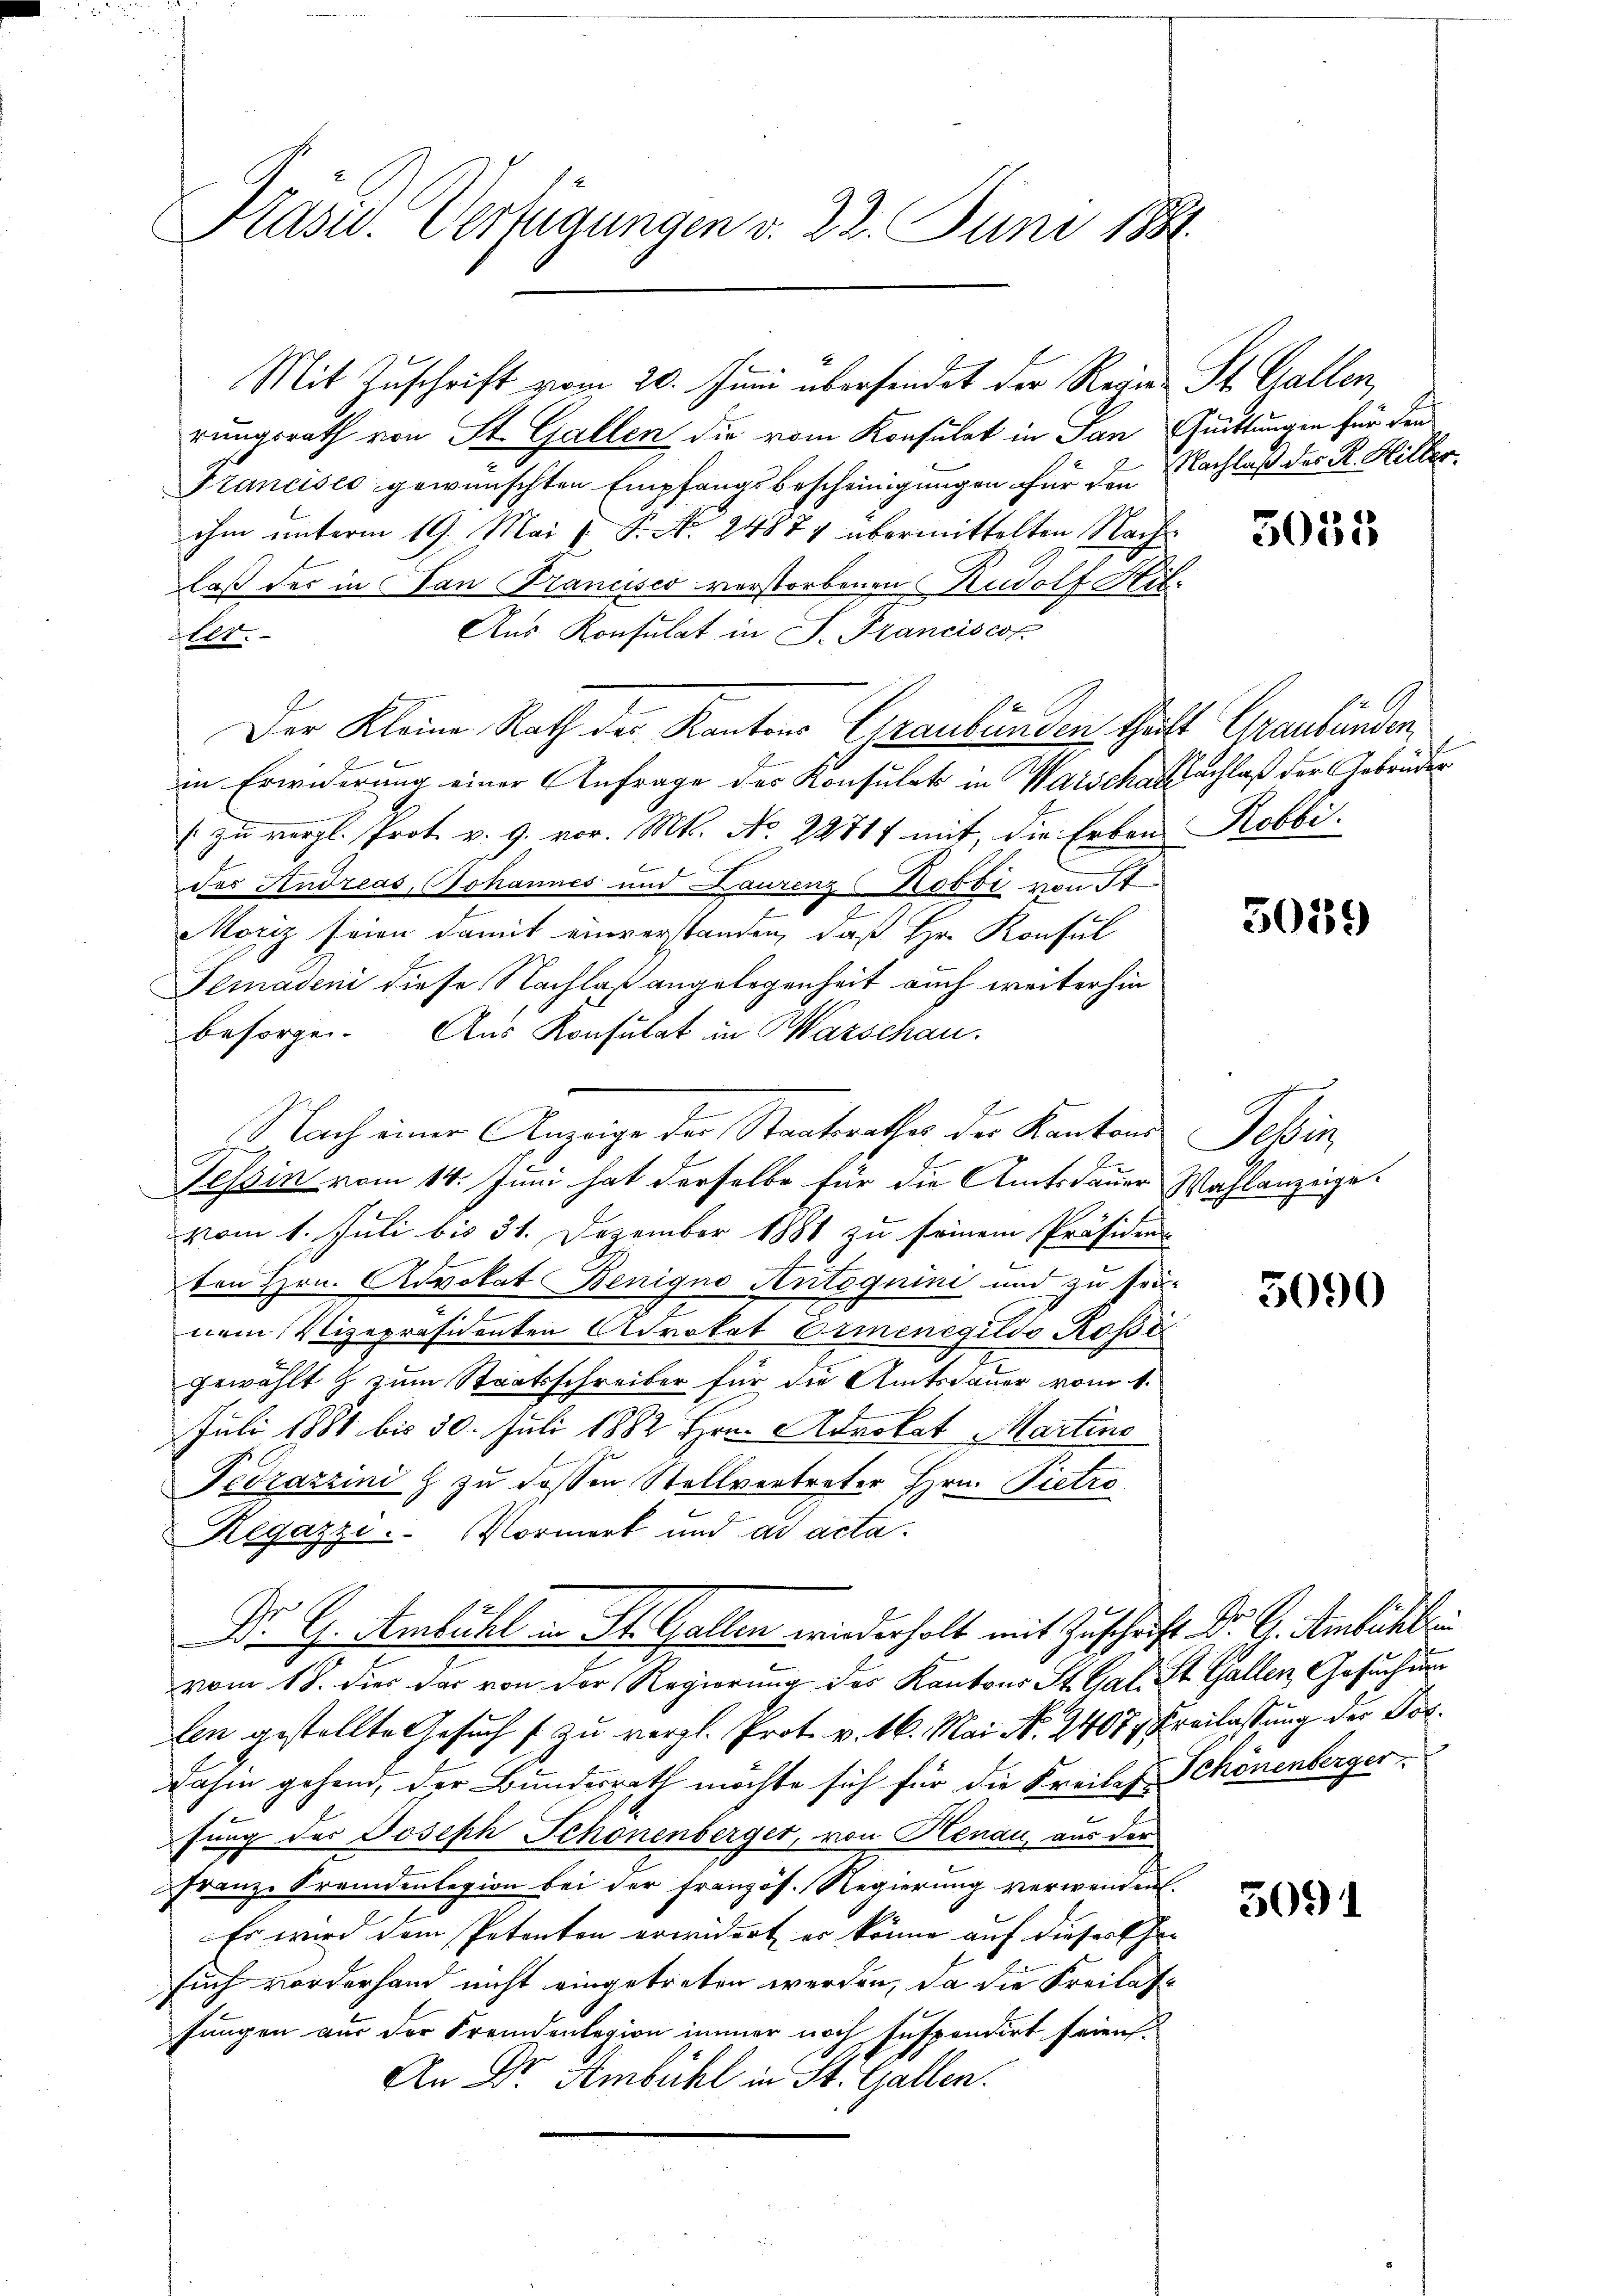
Kasu. Verfügungen v. 22. Juni 1881.

rungsrath von St. Gallen die vom Konsulat in San Quittungen für den
Francisco gewünschten Empfangsbescheinigungen für den Nachlaß des R. Hilber
ihm unterm 19. Mai v. P. N. 24877 übermittelten Nach-
laß des in San Francisco verstorbenen Rudolf Mit¬
Aus Konsulat in P. Franciscop
lt.
Der Kleine Rath der Kantons Graubünden theilt Graubünden,
in Erwiderung einer Anfrage der Konsulats in Waische Nachlaß der Gebrüder
( zu vergl. Prot. v. 9. vor. Mts. No. 2871 mit, die Erben Robbi-
des Andreas, Johannes und Laurenz Robbi von St
Moriz seien damit einverstanden, daß Hr. Konsul
Femadeni diese Nachlaß angelegenheit auch weiterhin
besorgen. Aus Konsulat in Warschau.
Nach einer Anzeige der Staatsrathes der Kantons Tessin,
Tessin vom 14. Juni hat derselbe für die Amtsdauer Wahlanzeige.
vom 1. Juli bis 31. Dezember 1881 zu seinem Präsidens
ten Hrn. Advokat Benigno Antoguini und zu sei-
2
nem Vizepräsidenten Advokat Orienegilds Rosi
gewählt & zum Staatsschreiber für die Amtsdauer vom 1.
Juli 1881 bis 30. Juli 1882 Hrn. Advokat Martins
Fedrazzini  zu dessen Stellvertreter Hrn. Pietro
Regazzi. Vormerk und ad acta.
Dr G. Ambühl u. St. Gallen wiederholt mit Zuschrift. Dr. H. Ambachber
vom 18. dies der von der Regierung des Kantons St. Gal. St. Gallen, Gesuchung
len gestellte Gesuch f zu vergl. Prot. v. 16. Mai N. 2407, Freilassung der Fordahin gehend, der Bundesrath möchte sich für die Kreises Schönenberger
s
fung der Joseph Schönenberger, von Henau aus der
Franze Fremdenlegion bei der französ. Regierung verwenden.
Es wird dem Petenton erwidert es könne auf dieser Ehe- |
such vorderhand nicht eingetreten werden, da die Freilasfungen aus der Fremdenlegion immer noch suspendirt seien.
An Dr. Ambühl in St. Gallen.

3

Mit Zuschrift vom 20. Juni überfindet der Regien St. Gallen,

3033

3015)

5090

5091